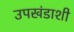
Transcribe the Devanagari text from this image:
उपखंडाशी